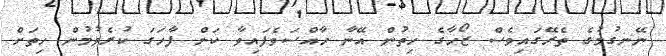
ނޭނގުމުގެ ތެރޭގައިވެސް ޒޯހާގެ ހިތުން އޭނާ ހާއްސަވެފައިވާ ކަން ފާހަގަ ކުރެވުމުން ހިތަށް